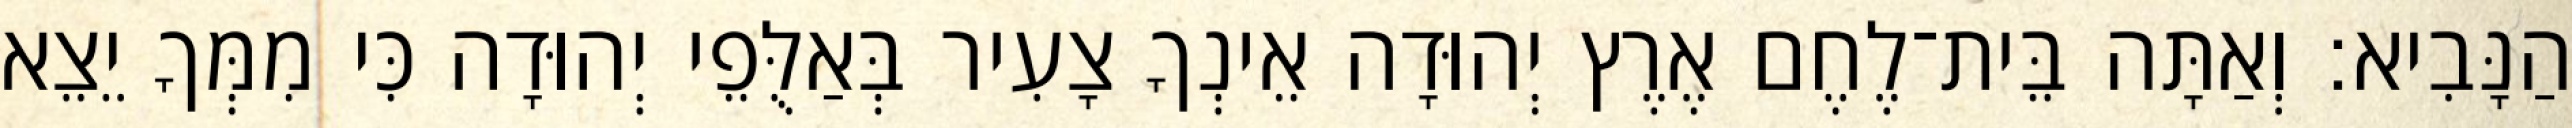
הַנָּבִיא׃ וְאַתָּה בֵּית־לֶחֶם אֶרֶץ יְהוּדָה אֵינְךָ צָעִיר בְּאַלֻּפֵי יְהוּדָה כִּי מִמְּךָ יֵצֵא